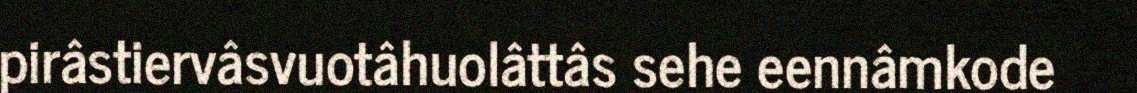
pirâstiervâsvuotâhuolâttâs sehe eennâmkode